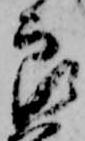
郎